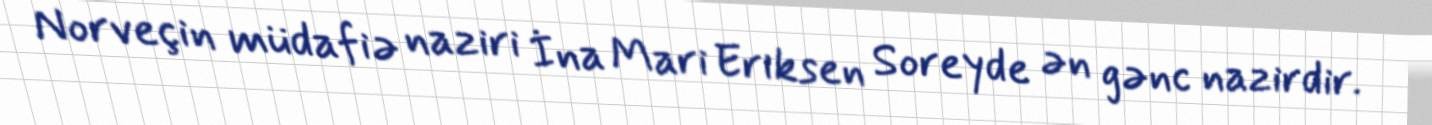
Norveçin müdafiə naziri İna Mari Eriksen Soreyde ən gənc nazirdir.